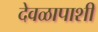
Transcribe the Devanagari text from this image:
देवळापाशी